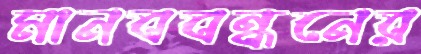
মানববন্ধনের